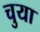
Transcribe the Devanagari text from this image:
चुया